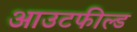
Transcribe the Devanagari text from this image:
आउटफील्‍ड